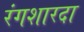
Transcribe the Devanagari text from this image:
रंगशारदा